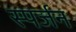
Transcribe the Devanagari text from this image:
स्पर्जन